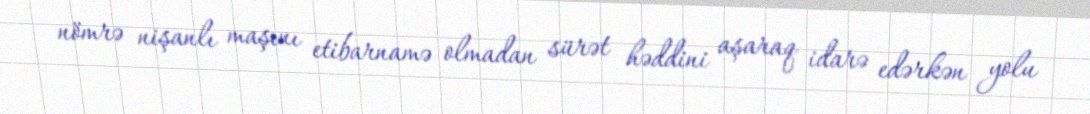
nömrə nişanlı maşını etibarnamə olmadan sürət həddini aşaraq idarə edərkən yolu